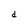
Character: d